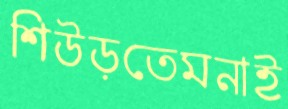
শিউড়তেমনাই